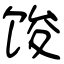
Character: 馂